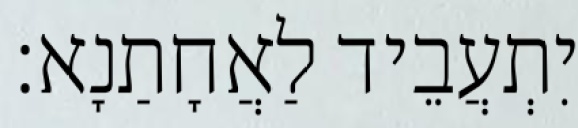
יִתְעֲבֵיד לַאֲחָתַנָא׃